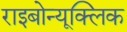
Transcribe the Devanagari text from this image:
राइबोन्यूक्लिक